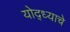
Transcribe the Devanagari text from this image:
योद्ध्याचे